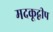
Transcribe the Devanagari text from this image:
मदकूद्वीप